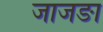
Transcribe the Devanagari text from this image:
जाजङा